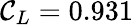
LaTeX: \mathcal{C}_{L}=0.931